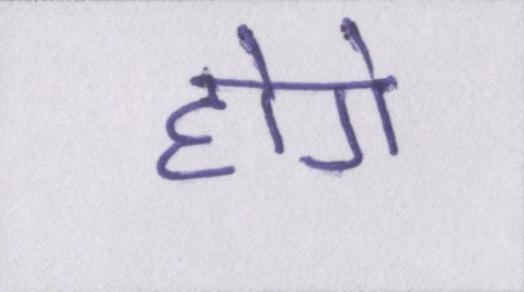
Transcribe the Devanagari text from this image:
होगे